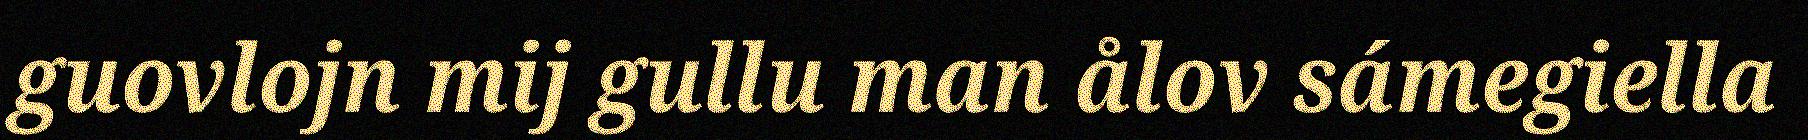
guovlojn mij gullu man ålov sámegiella